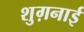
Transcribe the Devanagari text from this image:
शुग़नाई